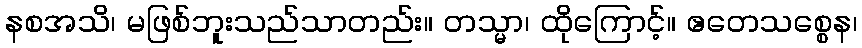
နစအသိ၊ မဖြစ်ဘူးသည်သာတည်း။ တသ္မာ၊ ထိုကြောင့်။ ဧတေသစ္စေန၊